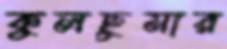
কুলছুমার